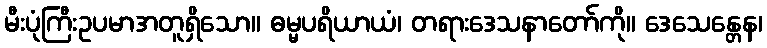
မီးပုံကြီးဥပမာအတူရှိသော။ ဓမ္မပရိယာယံ၊ တရားဒေသနာတော်ကို။ ဒေသေန္တေန၊